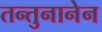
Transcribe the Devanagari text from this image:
तन्तुनानेन